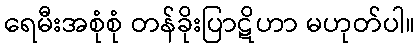
ရေမီးအစုံစုံ တန်ခိုးပြာဋိဟာ မဟုတ်ပါ။